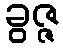
ခွဇ္ဇ